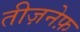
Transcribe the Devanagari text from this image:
तीज़नेफ़